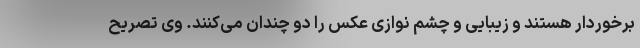
برخوردار هستند و زیبایی و چشم نوازی عکس را دو چندان می‌کنند. وی تصریح